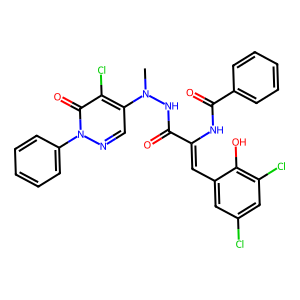
SMILES: CN(NC(=O)C(=Cc1cc(Cl)cc(Cl)c1O)NC(=O)c1ccccc1)c1cnn(-c2ccccc2)c(=O)c1Cl
Inhibits HIV replication: No